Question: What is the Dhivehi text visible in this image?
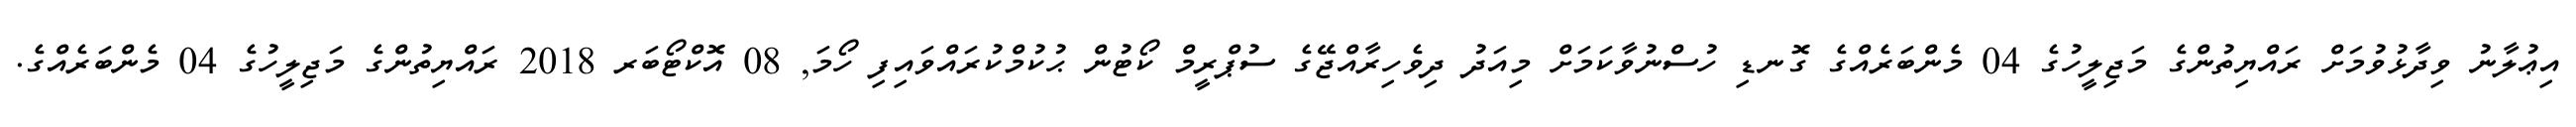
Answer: އިޢުލާނު ވިދާޅުވުމަށް ރައްޔިތުންގެ މަޖިލީހުގެ 04 މެންބަރެއްގެ ގޮނޑި ހުސްނުވާކަމަށް މިއަދު ދިވެހިރާއްޖޭގެ ސުޕްރީމް ކޯޓުން ޙުކުމްކުރައްވައިފި ހޯމަ, 08 އޮކްޓޯބަރ 2018 ރައްޔިތުންގެ މަޖިލީހުގެ 04 މެންބަރެއްގެ.